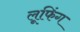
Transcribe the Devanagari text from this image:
लूफिंग